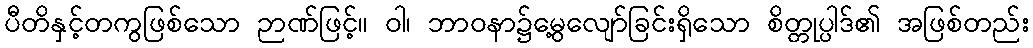
ပီတိနှင့်တကွဖြစ်သော ဉာဏ်ဖြင့်။ ဝါ၊ ဘာဝနာ၌မွေ့လျော်ခြင်းရှိသော စိတ္တုပ္ပါဒ်၏ အဖြစ်တည်း